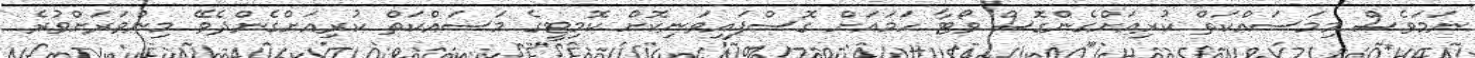
ނަމަވެސް މިމަސައްކަތް ކުރިއަށްގެންގޮސް ވޯޓާ ހަމައަށް ގޮސްފައިވަނިކޮށް ކޮމިޓީގެ މަސައްކަތް ކުރިއަށްގެންދެވޭ މިންވަރަށްވުރެ